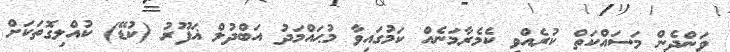
ވަންދެން މަސައްކަތް ކުރެއްވި ކެމެރާމަނެއް ކަމުގައިވާ މުޙައްމަދު އަބްދުލް ޣަފޫރު (ކުޑޭ) ކުއްލިގޮތަކަށް